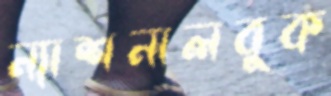
ন্যাশনালবুক